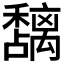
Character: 𮃵